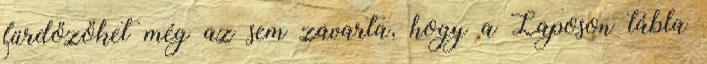
fürdőzőket még az sem zavarta, hogy a Laposon tábla